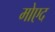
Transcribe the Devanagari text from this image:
मोएद